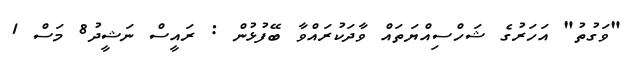
"ވަގުތު" އަހަރުގެ ޝަހްސިއްޔަތައް ވާދަކުރައްވާ ބޭފުޅުން : ރައީސް ނަޝީދު8 މަސް 1